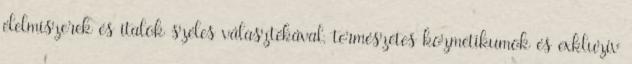
élelmiszerek és italok széles választékával, természetes kozmetikumok és exkluzív